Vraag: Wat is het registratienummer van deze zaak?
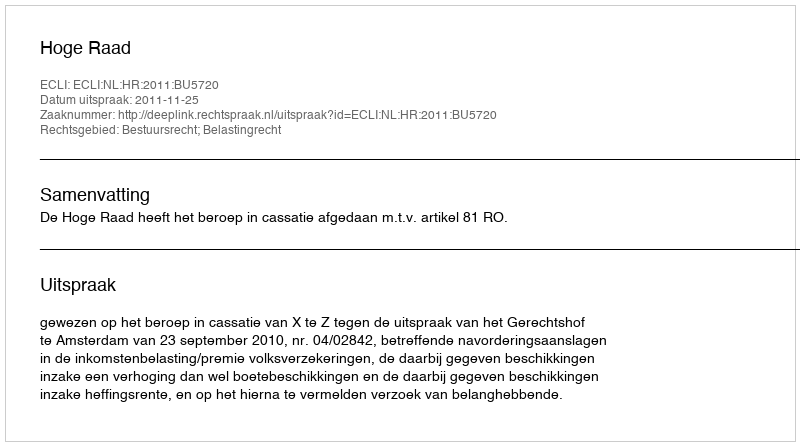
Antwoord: http://deeplink.rechtspraak.nl/uitspraak?id=ECLI:NL:HR:2011:BU5720